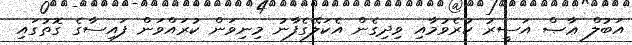
އަބުލް ޢާޞް އަސީރު ކުރެވުމާއި ވިދިގެން އެކަލޭގެފާނު މިނިވަން ކުރައްވަން ފައިސާގެ ގޮތުގައި